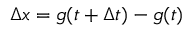
\Delta x = g ( t + \Delta t ) - g ( t )